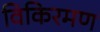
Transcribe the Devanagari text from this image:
विकिरमण